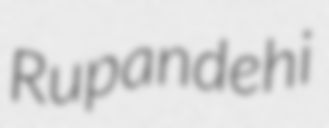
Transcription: Rupandehi